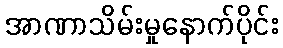
အာဏာသိမ်းမှုနောက်ပိုင်း